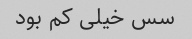
سس خیلی کم بود